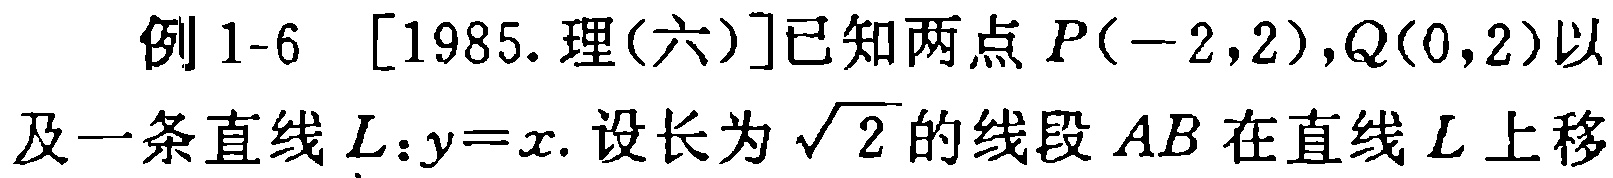
例 1-6 [1985. 理(六)]已知两点$P(-2,2),Q(0,2)$以及一条直线$L:y = x$. 设长为$\sqrt{2}$的线段$AB$在直线$L$上移